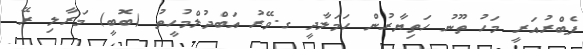
ފެބްރުއަރީ މަހު ތޫނު ހަތިޔާރުން ހަމަލާދީ ގ.ވޭރު އަބްދުލްމުހީތު (ބޮބީ) މަރާލި ރޭ